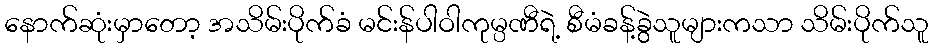
နောက်ဆုံးမှာတော့ အသိမ်းပိုက်ခံ မင်းန်ပါဝါကုမ္ပဏီရဲ့ စီမံခန့်ခွဲသူများကသာ သိမ်းပိုက်သူ